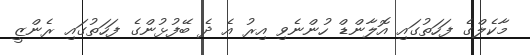
މާކެލްގެ ފަހަތުގައި އޮލާންޑް ހުންނެވި އިރު އެ ދެ ބޭފުޅުންގެ ފަހަތުގައި ރެންޒީ